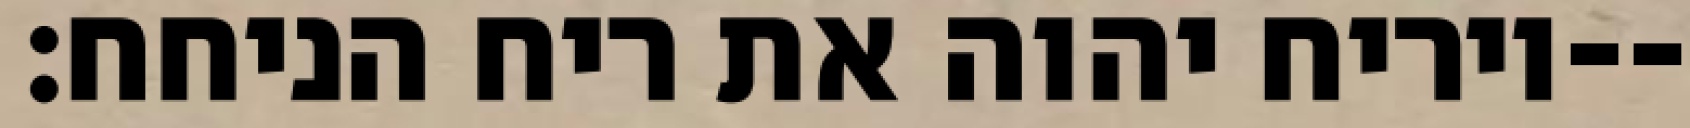
ויריח יהוה את ריח הניחח׃--